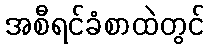
အစီရင်ခံစာထဲတွင်